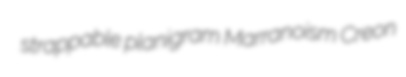
strappable planigram Marranoism Creon